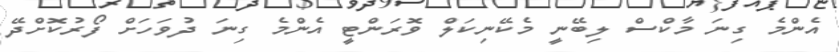
އެންމެ ގިނަ މާކްސް ލިބޭނީ މެކޭނިކަލް ވޮރަންޓީ އެންމެ ގިނަ ދުވަހަށް ފޯރުކޮށްދޭ